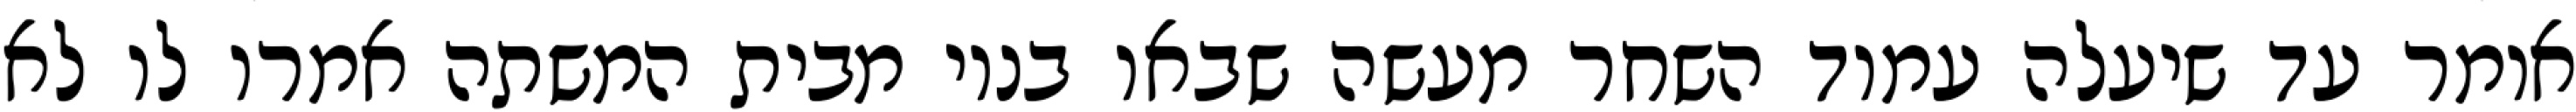
אומר עד שיעלה עמוד השחר מעשה שבאו בניו מבית המשתה אמרו לו לא